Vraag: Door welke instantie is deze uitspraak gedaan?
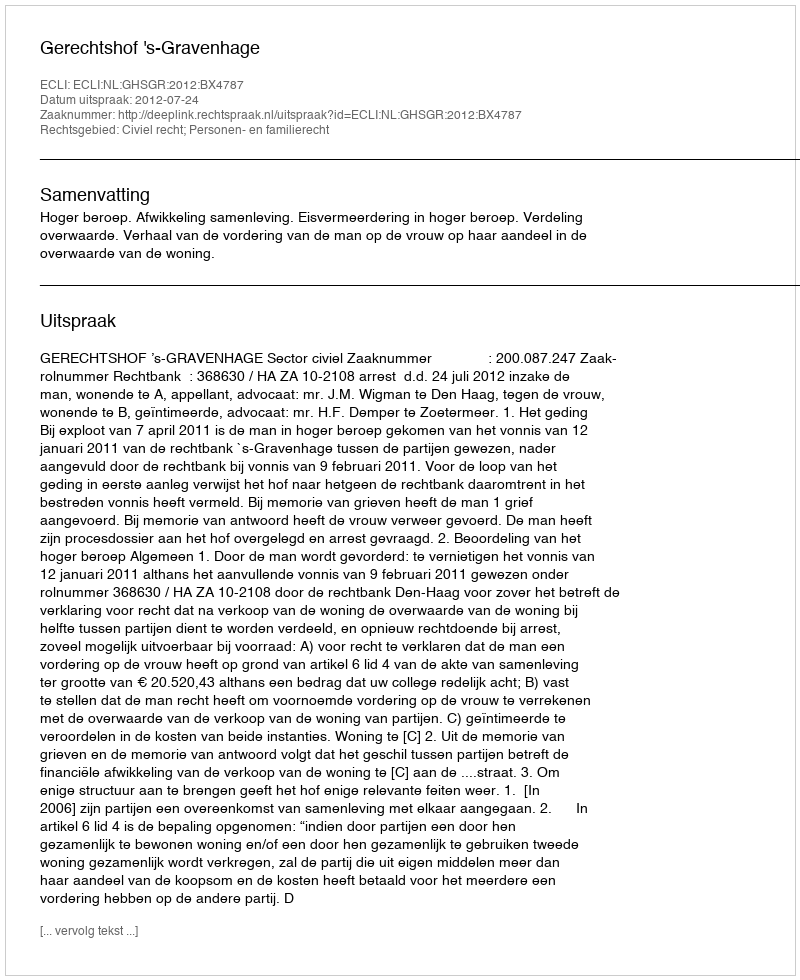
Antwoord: Gerechtshof 's-Gravenhage